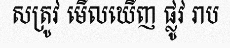
សត្រូវ មើលឃើញ ផ្លូវ រាប